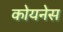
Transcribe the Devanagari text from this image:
कोयनेस